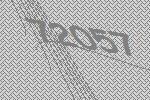
72057